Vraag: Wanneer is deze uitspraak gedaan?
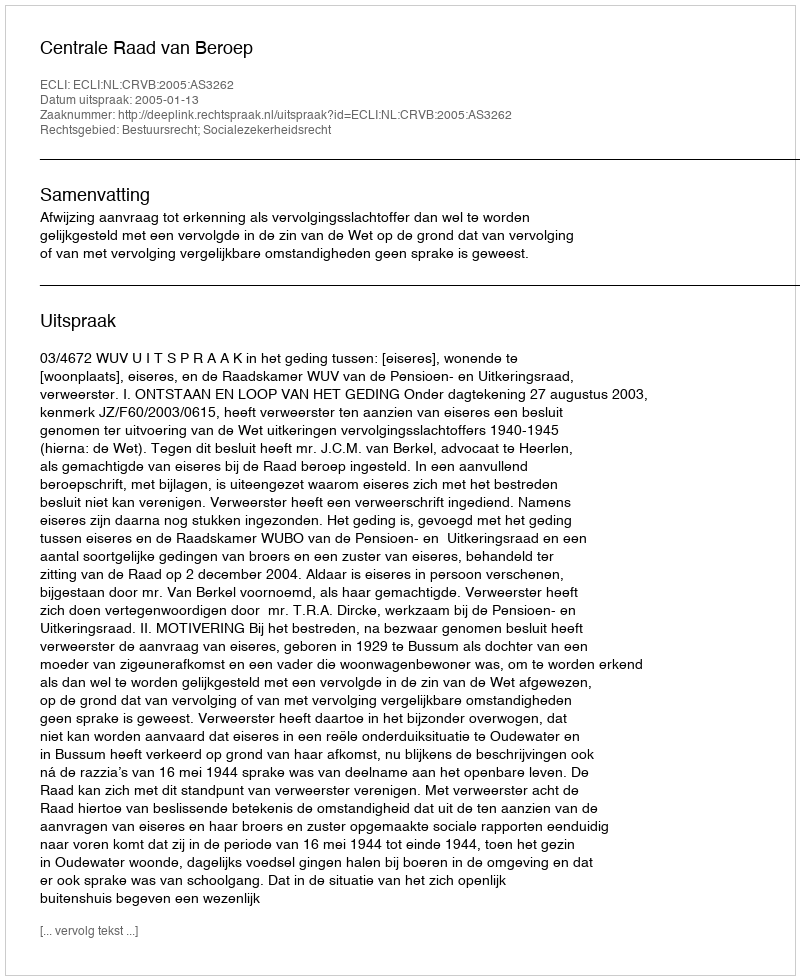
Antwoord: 2005-01-13